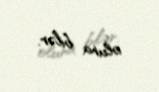
oluna bilər.